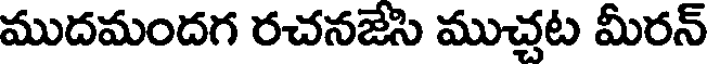
ముదమందగ రచనజేసి ముచ్చట మీరన్